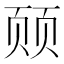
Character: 𬱛